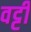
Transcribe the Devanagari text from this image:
वट्टी